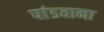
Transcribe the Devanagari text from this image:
पांडवाना